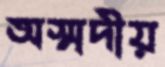
অস্মদীয়